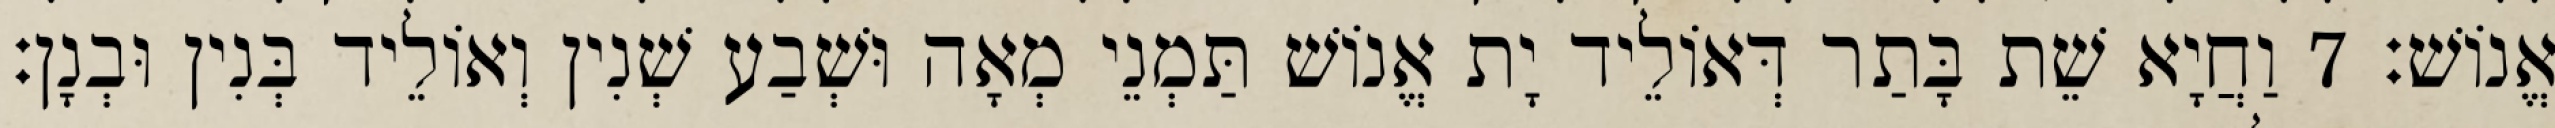
אֱנוֹשׁ׃ 7 וַחֲיָא שֵׁת בָּתַר דְּאוֹלֵיד יָת אֱנוֹשׁ תַּמְנֵי מְאָה וּשְׁבַע שְׁנִין וְאוֹלֵיד בְּנִין וּבְנָן׃